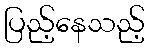
ပြည့်နေသည့်